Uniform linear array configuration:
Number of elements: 12
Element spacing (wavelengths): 1
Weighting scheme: blackman
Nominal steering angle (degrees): -15
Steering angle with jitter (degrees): -15.761
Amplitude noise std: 0.05
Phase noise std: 0.05

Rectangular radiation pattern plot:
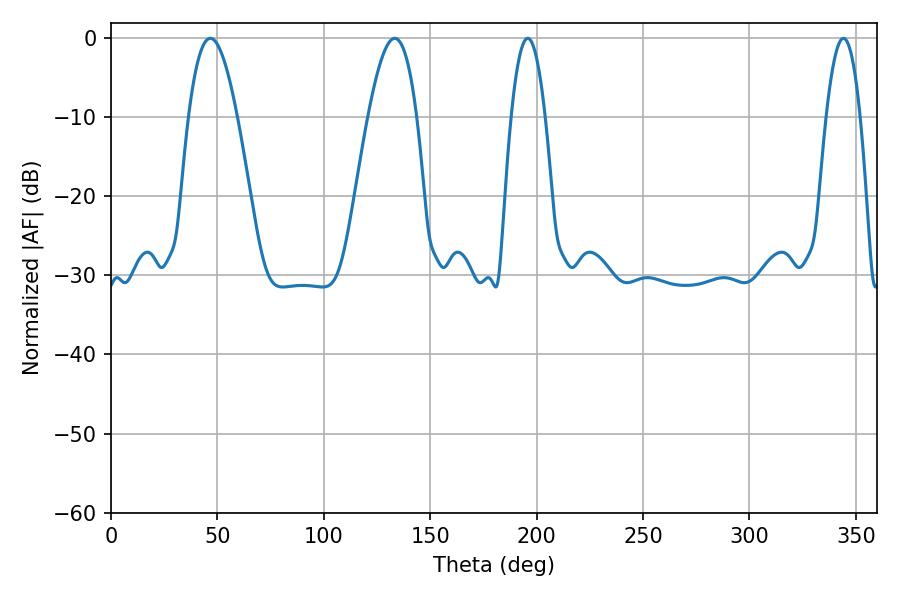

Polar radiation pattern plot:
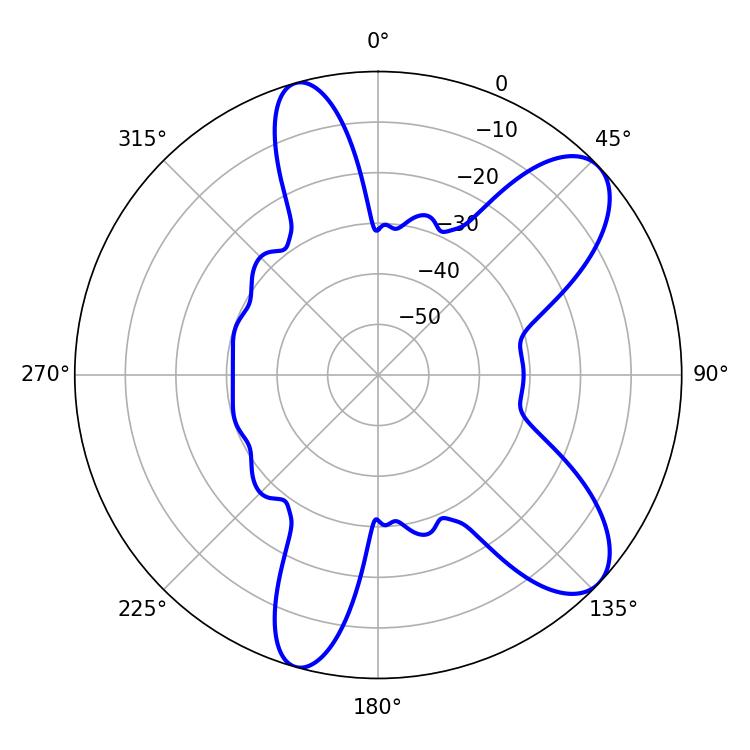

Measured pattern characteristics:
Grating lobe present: TRUE
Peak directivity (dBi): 8.962
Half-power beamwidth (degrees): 8.82
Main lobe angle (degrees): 195.84